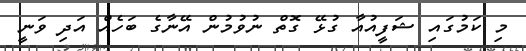
މި ކަމުގައި ޝަފީއުއާ ގުޅޭ ގޮތް ނުވުމުން އޭނާގެ ބަހެއް އަދި ވަނީ